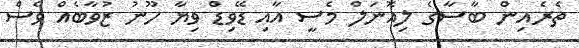
ތެރެއިން ބާސާގެ ލިއޮނަލް މެސީ އާއި ޑޭވިޑް ވިޔާ ހޫނު ޒުވާބެއް ވެސް